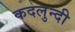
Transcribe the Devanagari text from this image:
कदलुन्दी